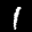
Label: 1